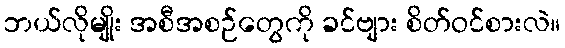
ဘယ်လိုမျိုး အစီအစဉ်တွေကို ခင်ဗျား စိတ်ဝင်စားလဲ။